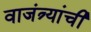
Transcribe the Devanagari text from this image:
वाजंत्र्यांची